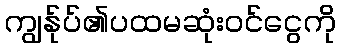
ကျွန်ုပ်၏ပထမဆုံးဝင်ငွေကို